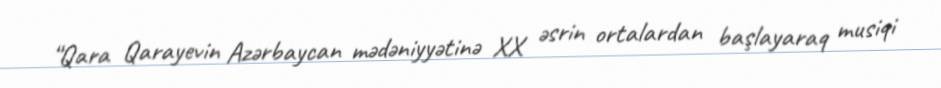
“Qara Qarayevin Azərbaycan mədəniyyətinə XX əsrin ortalardan başlayaraq musiqi